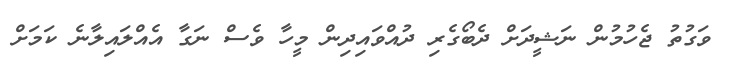
ވަގުތު ޖެހުމުން ނަޝީދަށް ދެބޯގެރި ދުއްވައިދިން މީހާ ވެސް ނަގާ އެއްލައިލާނެ ކަމަށް